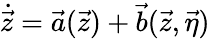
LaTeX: \dot{\vec{z}}=\vec{a}(\vec{z})+\vec{b}(\vec{z},\vec{\eta})